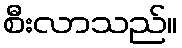
စီးလာသည်။